Madras plague regulations in force outside the Presidency town - Volume 5
Disease focus: Plague
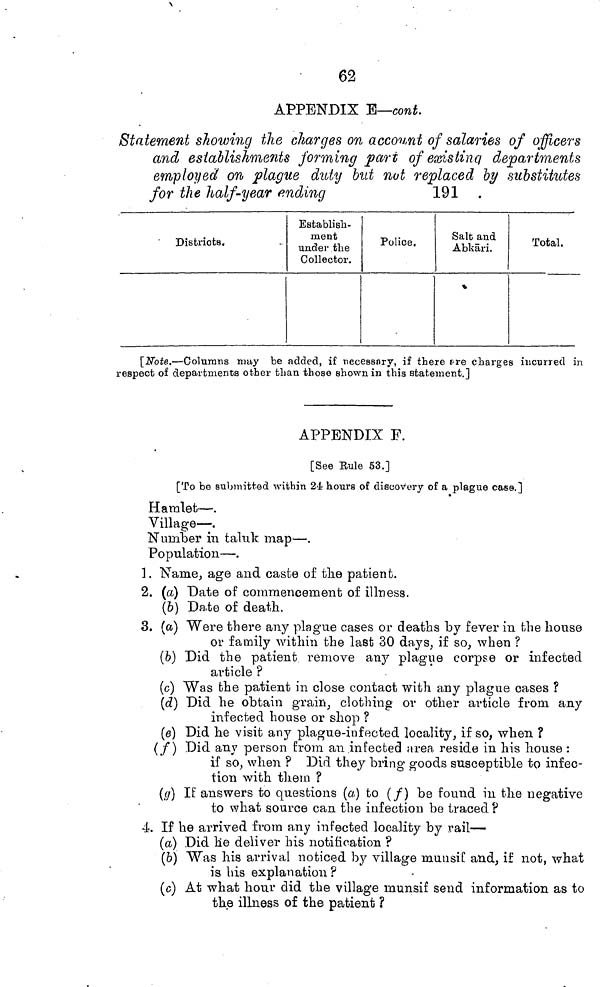
62
APPENDIX B—cont.
Statement showing the charges on account of salaries of officers
and establishments forming part of existing departments
employed on plague duty but not replaced by substitutes
for the half-year
finding
191
Districts.
Establish-
ment
under the
Collector.
Police.
Salt and
Abkäri.
Total.
[Note.—Columns may be added, if necessary, if there are charges incurred in
respect of departments other than those shown in this statement.]
APPENDIX F.
[See Eule 53.]
[To be submitted within 24 hours of discovery of a plague case.]
Hamlet—.
Village—.
Number in taluk map—.
Population—.
1. Name, age and caste of the patient.
2. (a) Date of commencement of illness.
(b) Date of death.
3. (a) Were there any plague cases or deaths by fever in the house
or family within the last 30 days, if so, when ?
(b) Did the patient remove any plague corpse or infected
article ?
(c) Was the patient in close contact with any plague cases ?
(d) Did he obtain grain, clothing or other article from any
infected house or shop ?
(e) Did he visit any plague-infected locality, if so, when ?
(f) Did any person from an infected area reside in his house :
if so, when ? Did they bring goods susceptible to infec-
tion with them ?
(g) If answers to questions (a) to (/) be found in the negative
to what source can the infection be traced ?
4. If he arrived from any infected locality by rail—
(a) Did he deliver his notification ?
(b) Was his arrival noticed by village muusif and, if not, what
is his explanation?
(c) At what hour did the village munsif send information as to
the illness of the patient ?